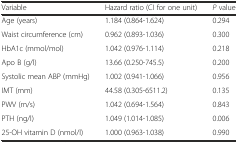
| Variable | Hazard ratio (CI for one unit) | P value |
 | --- | --- | --- |
 | Age (years) | 1.184 (0.864-1.624) | 0.294 |
 | Waist circumference (cm) | 0.962 (0.893-1.036) | 0.300 |
 | HbA1c (mmol/mol) | 1.042 (0.976-1.114) | 0.218 |
 | Apo B (g/l) | 13.66 (0.250-745.5) | 0.200 |
 | Systolic mean ABP (mmHg) | 1.002 (0.941-1.066) | 0.956 |
 | IMT (mm) | 44.58 (0.305-6511.2) | 0.135 |
 | PWV (m/s) | 1.042 (0.694-1.564) | 0.843 |
 | PTH (ng/l) | 1.049 (1.014-1.085) | 0.006 |
 | 25-OH vitamin D (nmol/l) | 1.000 (0.963-1.038) | 0.990 |